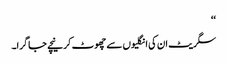
‘‘
سگریٹ ان کی انگلیوں سے چھوٹ کر نیچے جا گرا۔